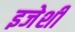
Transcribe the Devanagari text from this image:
इजेशी